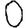
Digit: 0